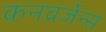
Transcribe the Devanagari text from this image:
कनवर्जेन्स